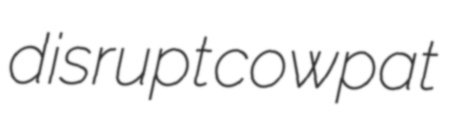
disrupt cowpat